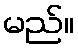
မည်။